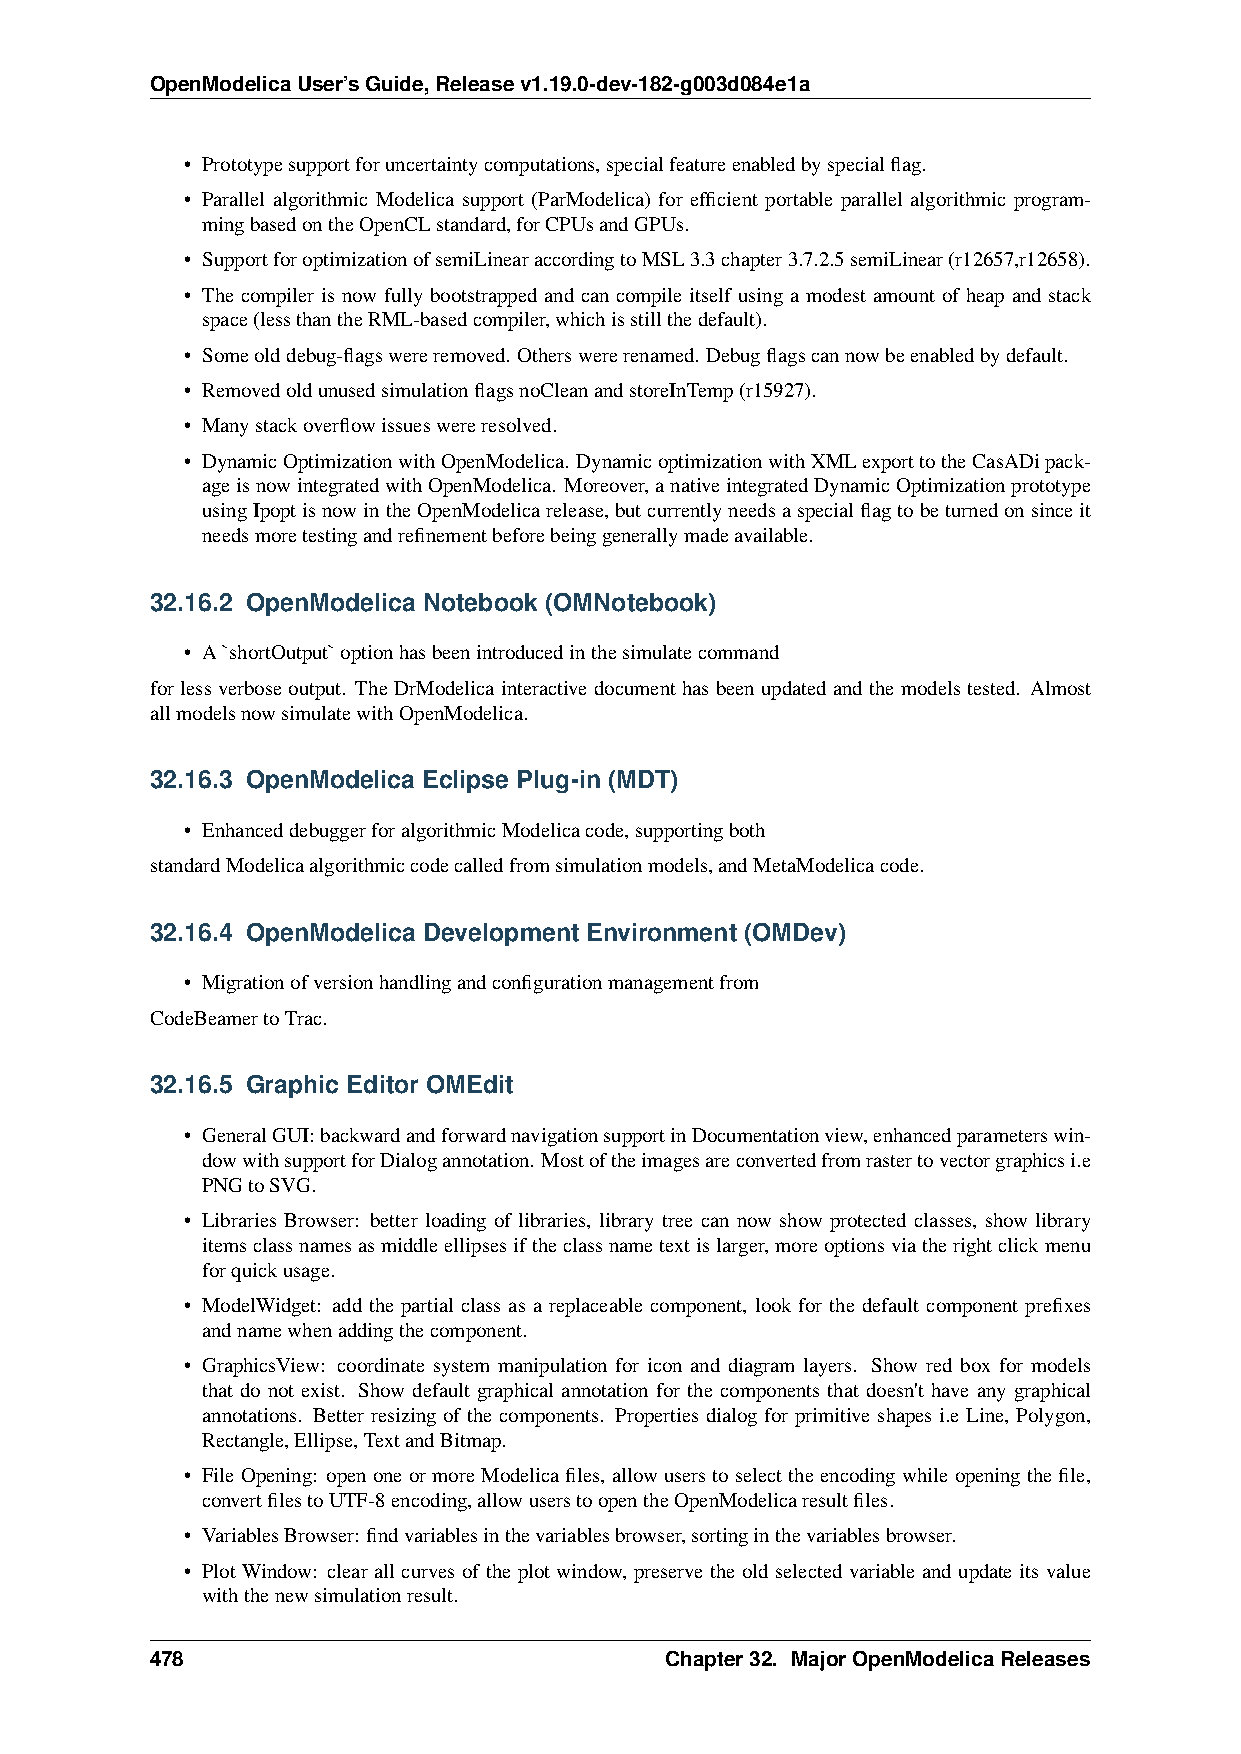
OpenModelicaUser’sGuide,Releasev1.19.0-dev-182-g003d084e1a
 • Prototypesupportforuncertaintycomputations,specialfeatureenabledbyspecialflag.
 • Parallel algorithmic Modelica support (ParModelica) for efficient portable parallel algorithmic program-
 mingbasedontheOpenCLstandard,forCPUsandGPUs.
 • SupportforoptimizationofsemiLinearaccordingtoMSL3.3chapter3.7.2.5semiLinear(r12657,r12658).
 • The compiler is now fully bootstrapped and can compile itself using a modest amount of heap and stack
 space(lessthantheRML-basedcompiler,whichisstillthedefault).
 • Someolddebug-flagswereremoved. Otherswererenamed. Debugflagscannowbeenabledbydefault.
 • RemovedoldunusedsimulationflagsnoCleanandstoreInTemp(r15927).
 • Manystackoverflowissueswereresolved.
 • DynamicOptimizationwithOpenModelica. DynamicoptimizationwithXMLexporttotheCasADipack-
 ageisnowintegratedwithOpenModelica. Moreover,anativeintegratedDynamicOptimizationprototype
 usingIpoptisnowintheOpenModelicarelease,butcurrentlyneedsaspecialflagtobeturnedonsinceit
 needsmoretestingandrefinementbeforebeinggenerallymadeavailable.
 32.16.2 OpenModelica Notebook (OMNotebook)
 • A`shortOutput`optionhasbeenintroducedinthesimulatecommand
 forlessverboseoutput. TheDrModelicainteractivedocumenthasbeenupdatedandthemodelstested. Almost
 allmodelsnowsimulatewithOpenModelica.
 32.16.3 OpenModelica Eclipse Plug-in (MDT)
 • EnhanceddebuggerforalgorithmicModelicacode,supportingboth
 standardModelicaalgorithmiccodecalledfromsimulationmodels,andMetaModelicacode.
 32.16.4 OpenModelica Development Environment (OMDev)
 • Migrationofversionhandlingandconfigurationmanagementfrom
 CodeBeamertoTrac.
 32.16.5 Graphic Editor OMEdit
 • GeneralGUI:backwardandforwardnavigationsupportinDocumentationview,enhancedparameterswin-
 dowwithsupportforDialogannotation. Mostoftheimagesareconvertedfromrastertovectorgraphicsi.e
 PNGtoSVG.
 • Libraries Browser: better loading of libraries, library tree can now show protected classes, show library
 itemsclassnamesasmiddleellipsesiftheclassnametextislarger,moreoptionsviatherightclickmenu
 forquickusage.
 • ModelWidget: add the partial class as a replaceable component, look for the default component prefixes
 andnamewhenaddingthecomponent.
 • GraphicsView: coordinate system manipulation for icon and diagram layers. Show red box for models
 that do not exist. Show default graphical annotation for the components that doesn't have any graphical
 annotations. Better resizing of the components. Properties dialog for primitive shapes i.e Line, Polygon,
 Rectangle,Ellipse,TextandBitmap.
 • FileOpening: openoneormoreModelicafiles, allowuserstoselecttheencodingwhileopeningthefile,
 convertfilestoUTF-8encoding,allowuserstoopentheOpenModelicaresultfiles.
 • VariablesBrowser: findvariablesinthevariablesbrowser,sortinginthevariablesbrowser.
 • Plot Window: clear all curves of the plot window, preserve the old selected variable and update its value
 withthenewsimulationresult.
 478                               Chapter32. MajorOpenModelicaReleases